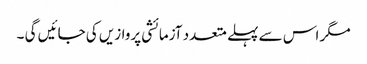
مگر اس سے پہلے متعدد آزمائشی پروازیں کی جائیں گی ۔